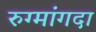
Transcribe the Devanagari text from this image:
रुग्मांगदा